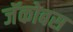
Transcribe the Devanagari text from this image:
जॅकोबस